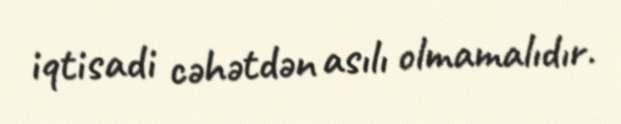
iqtisadi cəhətdən asılı olmamalıdır.